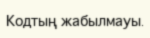
Кодтың жабылмауы.